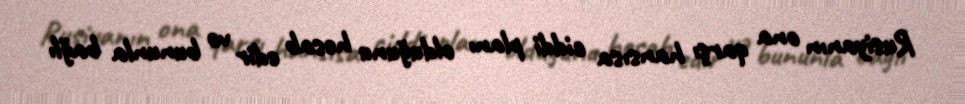
Rusiyanın ona qarşı hansısa ciddi planı olduğunu hesab edir və bununla bağlı